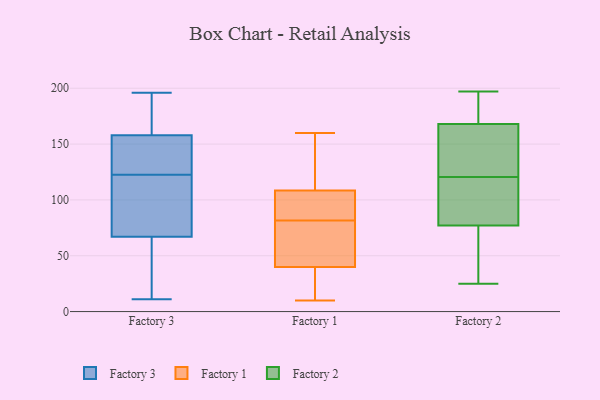
{"axis": {"x": "Headcount", "y": "Value"}, "legend": ["Factory 1", "Factory 2", "Factory 3"], "data": [{"x": "", "y": 172, "type": "Factory 3"}, {"x": "", "y": 67, "type": "Factory 3"}, {"x": "", "y": 188, "type": "Factory 3"}, {"x": "", "y": 139, "type": "Factory 3"}, {"x": "", "y": 126, "type": "Factory 3"}, {"x": "", "y": 11, "type": "Factory 3"}, {"x": "", "y": 38, "type": "Factory 3"}, {"x": "", "y": 90, "type": "Factory 3"}, {"x": "", "y": 54, "type": "Factory 3"}, {"x": "", "y": 196, "type": "Factory 3"}, {"x": "", "y": 89, "type": "Factory 3"}, {"x": "", "y": 37, "type": "Factory 3"}, {"x": "", "y": 119, "type": "Factory 3"}, {"x": "", "y": 158, "type": "Factory 3"}, {"x": "", "y": 153, "type": "Factory 3"}, {"x": "", "y": 107, "type": "Factory 3"}, {"x": "", "y": 155, "type": "Factory 3"}, {"x": "", "y": 185, "type": "Factory 3"}, {"x": "", "y": 160, "type": "Factory 1"}, {"x": "", "y": 81, "type": "Factory 1"}, {"x": "", "y": 82, "type": "Factory 1"}, {"x": "", "y": 101, "type": "Factory 1"}, {"x": "", "y": 83, "type": "Factory 1"}, {"x": "", "y": 110, "type": "Factory 1"}, {"x": "", "y": 16, "type": "Factory 1"}, {"x": "", "y": 57, "type": "Factory 1"}, {"x": "", "y": 150, "type": "Factory 1"}, {"x": "", "y": 13, "type": "Factory 1"}, {"x": "", "y": 130, "type": "Factory 1"}, {"x": "", "y": 60, "type": "Factory 1"}, {"x": "", "y": 10, "type": "Factory 1"}, {"x": "", "y": 60, "type": "Factory 1"}, {"x": "", "y": 23, "type": "Factory 1"}, {"x": "", "y": 107, "type": "Factory 1"}, {"x": "", "y": 82, "type": "Factory 2"}, {"x": "", "y": 143, "type": "Factory 2"}, {"x": "", "y": 75, "type": "Factory 2"}, {"x": "", "y": 133, "type": "Factory 2"}, {"x": "", "y": 77, "type": "Factory 2"}, {"x": "", "y": 56, "type": "Factory 2"}, {"x": "", "y": 145, "type": "Factory 2"}, {"x": "", "y": 197, "type": "Factory 2"}, {"x": "", "y": 97, "type": "Factory 2"}, {"x": "", "y": 171, "type": "Factory 2"}, {"x": "", "y": 173, "type": "Factory 2"}, {"x": "", "y": 51, "type": "Factory 2"}, {"x": "", "y": 130, "type": "Factory 2"}, {"x": "", "y": 171, "type": "Factory 2"}, {"x": "", "y": 25, "type": "Factory 2"}, {"x": "", "y": 104, "type": "Factory 2"}, {"x": "", "y": 168, "type": "Factory 2"}, {"x": "", "y": 111, "type": "Factory 2"}]}